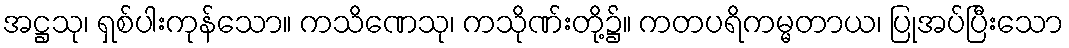
အဋ္ဌသု၊ ရှစ်ပါးကုန်သော။ ကသိဏေသု၊ ကသိုဏ်းတို့၌။ ကတပရိကမ္မတာယ၊ ပြုအပ်ပြီးသော